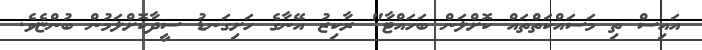
އައިސް ތި މަސައްކަތްތައް ކޮށްލަން ބަހައްޓާ" ރާކިޒު އޭނާގެ ހަށިގަނޑު ސީދާކޮށްލަމުން ބުންޏެވެ.